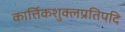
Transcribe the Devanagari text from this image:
कार्त्तिकशुक्लप्रतिपदि